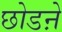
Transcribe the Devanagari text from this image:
छोडऩे